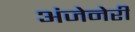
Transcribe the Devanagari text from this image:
अंजेनेरी